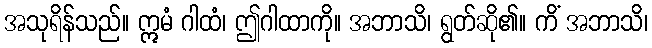
အသုရိန်သည်။ ဣမံ ဂါထံ၊ ဤဂါထာကို။ အဘာသိ၊ ရွတ်ဆို၏။ ကိံ အဘာသိ၊